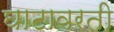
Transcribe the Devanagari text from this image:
घाटावरती